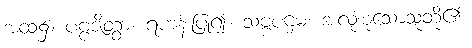
အထံ၌။ ပဗ္ဗဇိတွာ၊ ရဟန်းပြု၍။ သဗ္ဗပဌမံ၊ အလုံးစုံသောသူတို့၏